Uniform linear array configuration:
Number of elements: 16
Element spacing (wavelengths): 1
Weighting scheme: blackman
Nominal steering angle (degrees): -15
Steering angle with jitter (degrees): -14.839
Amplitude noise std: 0.05
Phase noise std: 0.05

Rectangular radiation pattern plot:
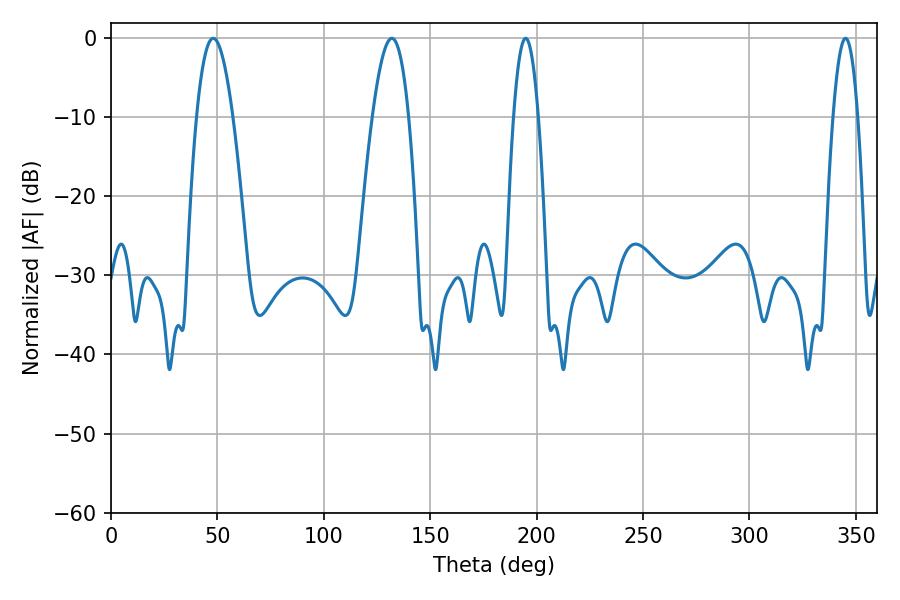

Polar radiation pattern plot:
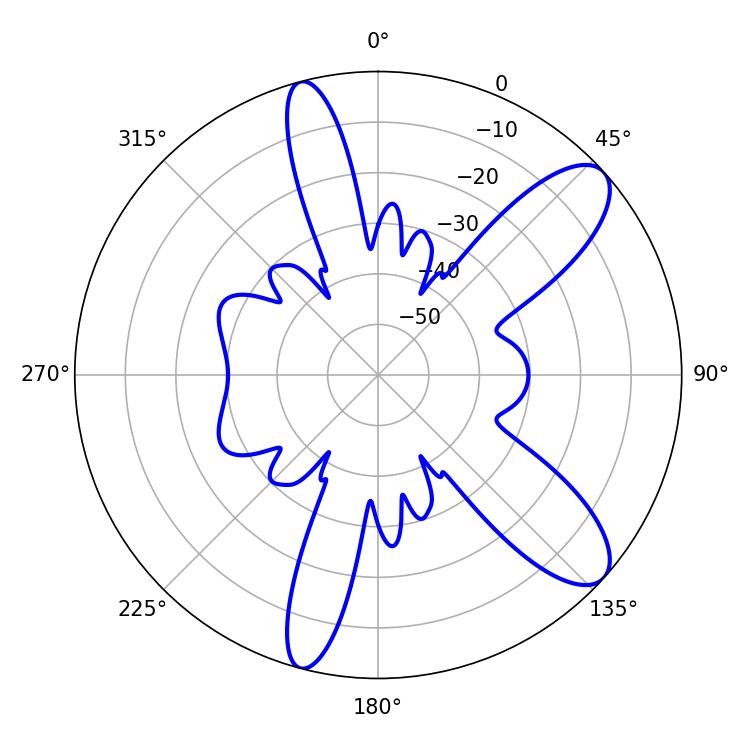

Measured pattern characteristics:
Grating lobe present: TRUE
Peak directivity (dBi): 10.02
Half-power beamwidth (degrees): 9.36
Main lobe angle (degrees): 48.06